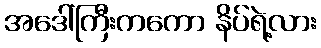
အဒေါ်ကြီးကကော နိပ်ရဲ့လား